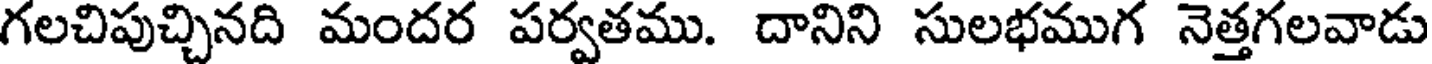
గలచిపుచ్చినది మందర పర్వతము. దానిని సులభముగ నెత్తగలవాడు